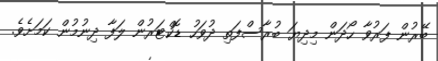
ބޭރުން ފަރުވާ ހޯދަން މިދިޔަ ބުރާސްފަތި ދުވަހު ޑޮކްޓަރުން ލަފާ ދިނުމުން ކަމަށެވެ.